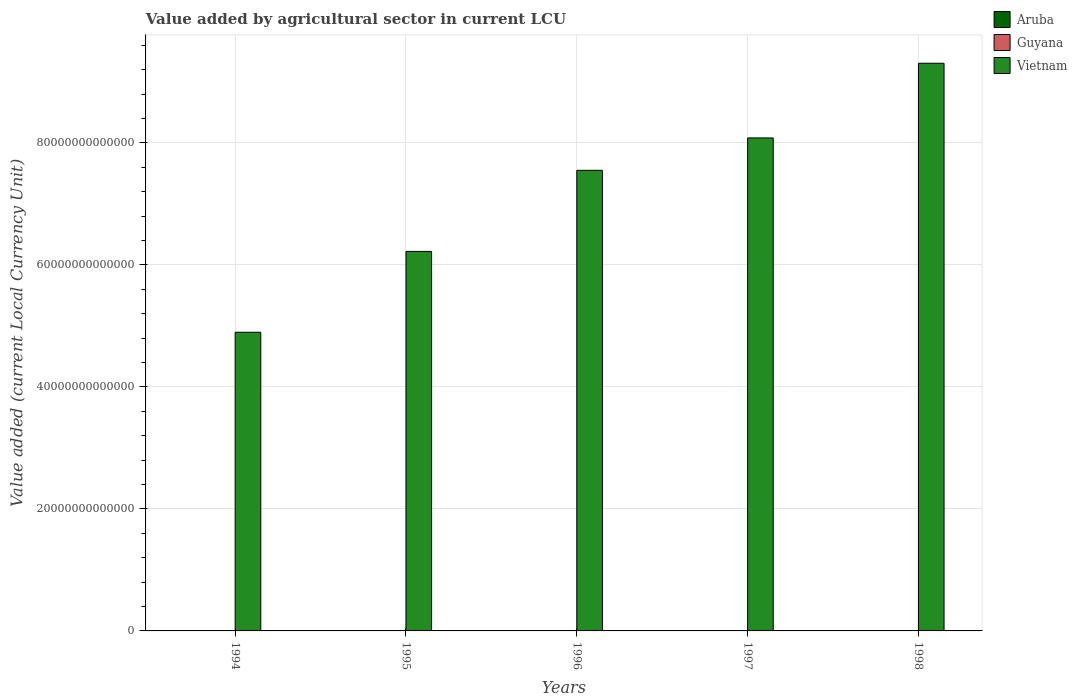
| Years | Aruba | Guyana | Vietnam |
 | --- | --- | --- | --- |
 | 1994 | 1.2e+07 | 2.34e+10 | 4.9e+13 |
 | 1995 | 1.2e+07 | 3.05e+10 | 6.22e+13 |
 | 1996 | 1.2e+07 | 3.2e+10 | 7.55e+13 |
 | 1997 | 1.2e+07 | 3.18e+10 | 8.08e+13 |
 | 1998 | 1.2e+07 | 3.13e+10 | 9.31e+13 |